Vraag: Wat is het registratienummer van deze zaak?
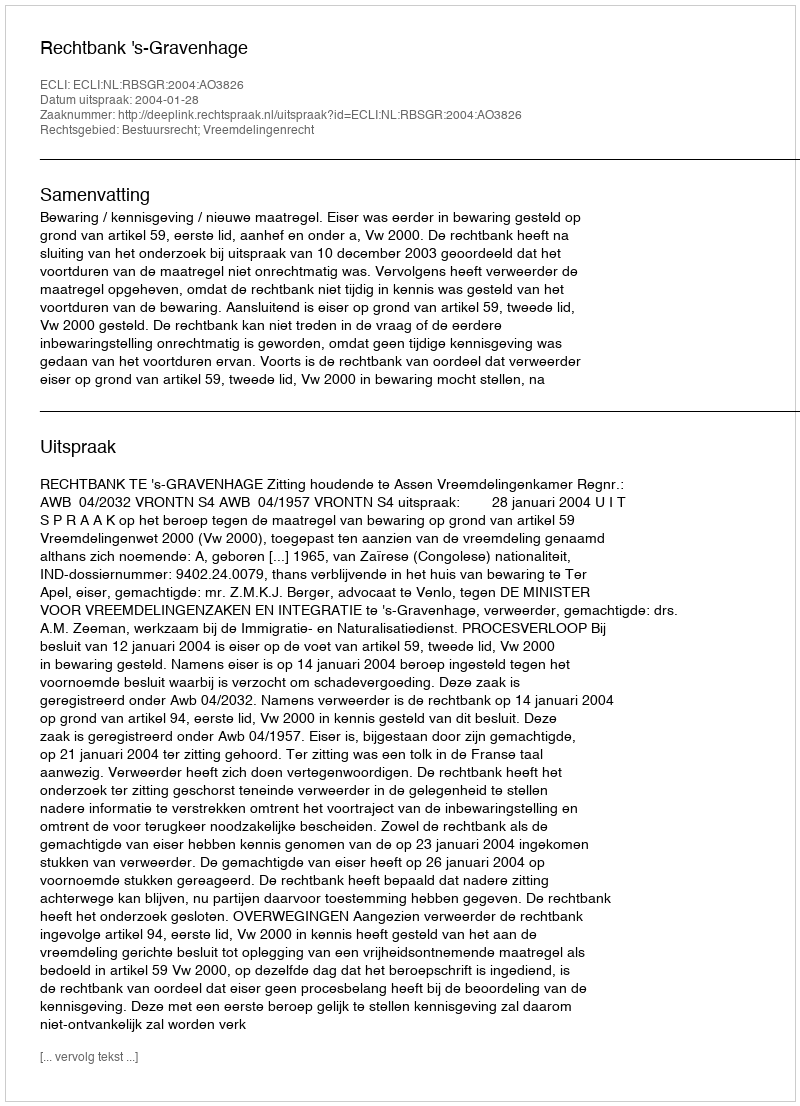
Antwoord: http://deeplink.rechtspraak.nl/uitspraak?id=ECLI:NL:RBSGR:2004:AO3826